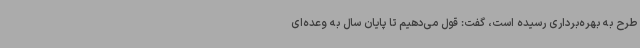
طرح به بهره‌برداری رسیده است، گفت: قول می‌دهیم تا پایان سال به وعده‌ای